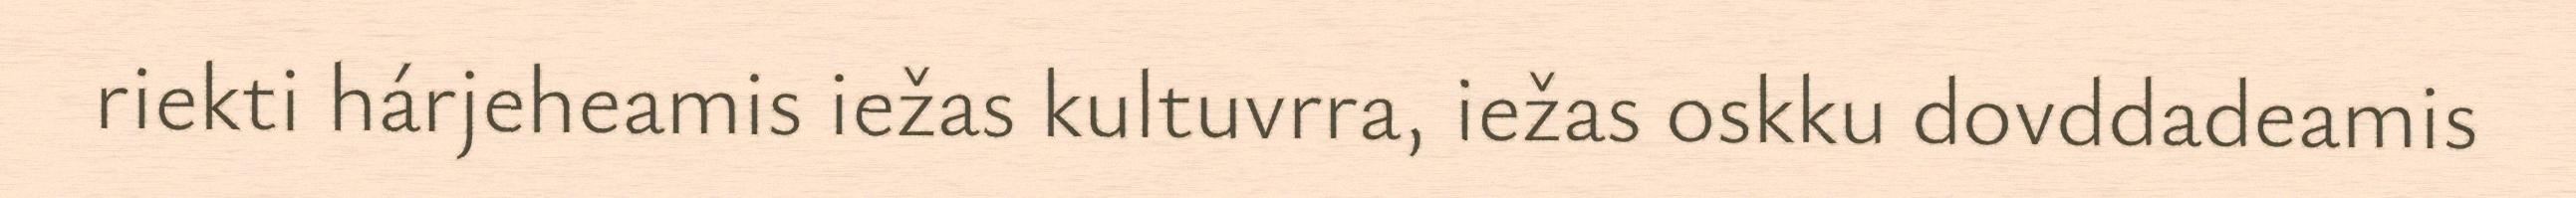
riekti hárjeheamis iežas kultuvrra, iežas oskku dovddadeamis